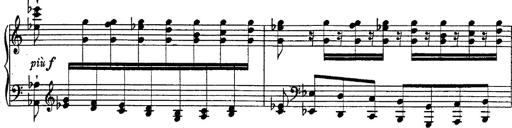
Title: Fantasie Ã¼ber Themen aus Mozarts Figaro und Don Giovanni
Composer: Franz Liszt